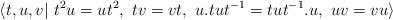
LaTeX: \begin{align*}\langle{t,u,v}|~t^2u=ut^2,~tv=vt,~u.tut^{-1}=tut^{-1}.u,~uv=vu\rangle\end{align*}